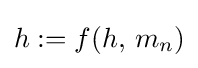
h:=f(h,\,m_{n})